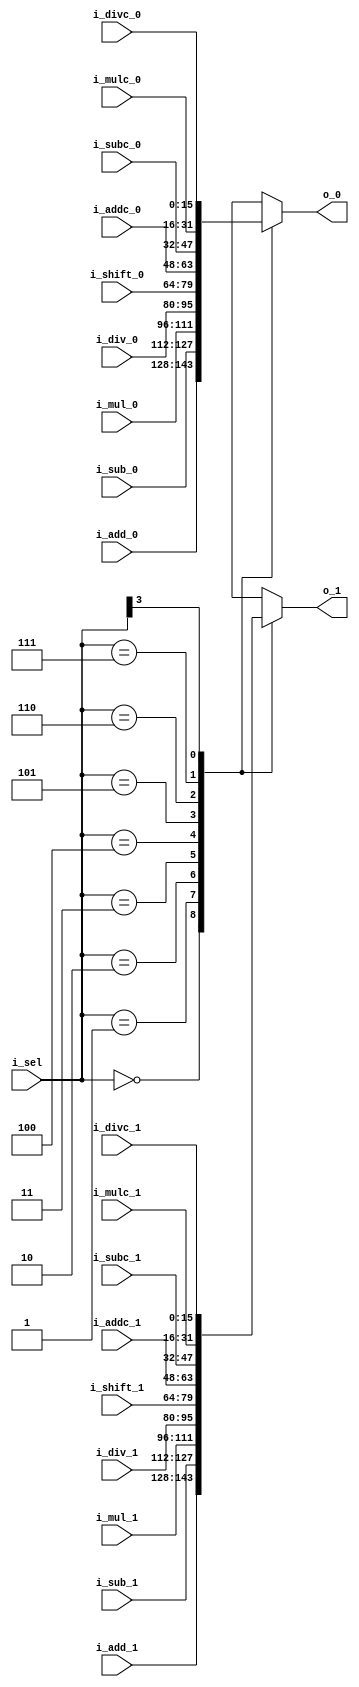

`define ADD 4'b0000

`define SUB 4'b0001

`define MUL 4'b0010

`define DIV 4'b0011

`define SHIFT 4'b0100

`define ADD_C 4'b0101

`define SUB_C 4'b0110

`define MUL_C 4'b0111

`define DIV_C 4'b1???



`timescale 1ns/10ps

module output_unit(i_add_0, i_add_1, i_sub_0, i_sub_1, i_mul_0, i_mul_1,
						i_div_0, i_div_1, i_shift_0, i_shift_1, i_addc_0, i_addc_1,
						i_subc_0, i_subc_1, i_mulc_0, i_mulc_1, i_divc_0, i_divc_1, 
						i_sel, o_0, o_1);
						

						
parameter WIDTH = 16;

input [WIDTH-1:0] i_add_0, i_add_1, i_sub_0, i_sub_1, i_mul_0, i_mul_1,
						i_div_0, i_div_1, i_shift_0, i_shift_1, i_addc_0, i_addc_1,
						i_subc_0, i_subc_1, i_mulc_0, i_mulc_1, i_divc_0, i_divc_1;
						
input [3:0] i_sel;

output reg [WIDTH-1:0] o_0, o_1;



always @* begin


	casez(i_sel)
		 `ADD : begin
			o_0 = i_add_0;
			o_1 = i_add_1;
			end
					
		 `SUB : begin
			o_0 = i_sub_0;
			o_1 = i_sub_1;
			end
		 
		 `MUL : begin
			o_0 = i_mul_0;
			o_1 = i_mul_1;
			end
		 
		
		 `DIV : begin
			o_0 = i_div_0;
			o_1 = i_div_1;
			end
		 
		  `SHIFT : begin
			o_0 = i_shift_0;
			o_1 = i_shift_1;
			end
		 
		  `ADD_C : begin
			o_0 = i_addc_0;
			o_1 = i_addc_1;
			end
		 
		`SUB_C : begin
			o_0 = i_subc_0;
			o_1 = i_subc_1;
			end
		 
		`MUL_C : begin
			o_0 = i_mulc_0;
			o_1 = i_mulc_1;
			end
			
			
			`DIV_C : begin
			o_0 = i_divc_0;
			o_1 = i_divc_1;
			end
		 
		 default : begin
		 	o_0 = i_add_0;
			o_1 = i_add_1;
		 end
		 
	endcase 
	end
endmodule